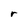
Character: r